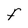
Character: F